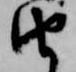
由